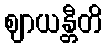
ဈာယန္တီတိ